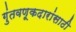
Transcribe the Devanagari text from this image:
गुंतवणूकदारांसाठी